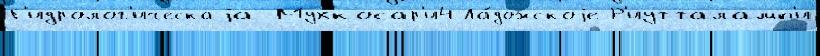
Г'идролог'ическаjа Мухкосар'и4 Ла́дожскоjе Р'иутталамп'и